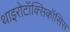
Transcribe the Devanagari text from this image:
थाइरोटॉक्सिकॉसिस